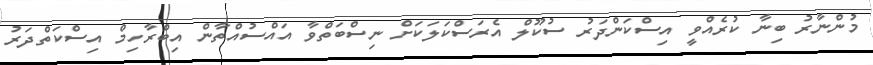
މުންނާރު ބިނާ ކުރެއްވީ އިސްކަންދަރު ސުކޫލް އެރަސްކަލަކަށް ނިސްބަތްވާ އައްސުއްތާން އިބްރާހިމް އިސްކަތްދަރު